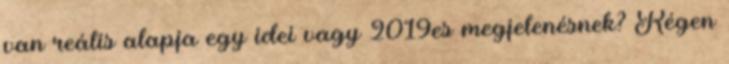
van reális alapja egy idei vagy 2019es megjelenésnek? Régen